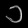
Digit: ၁